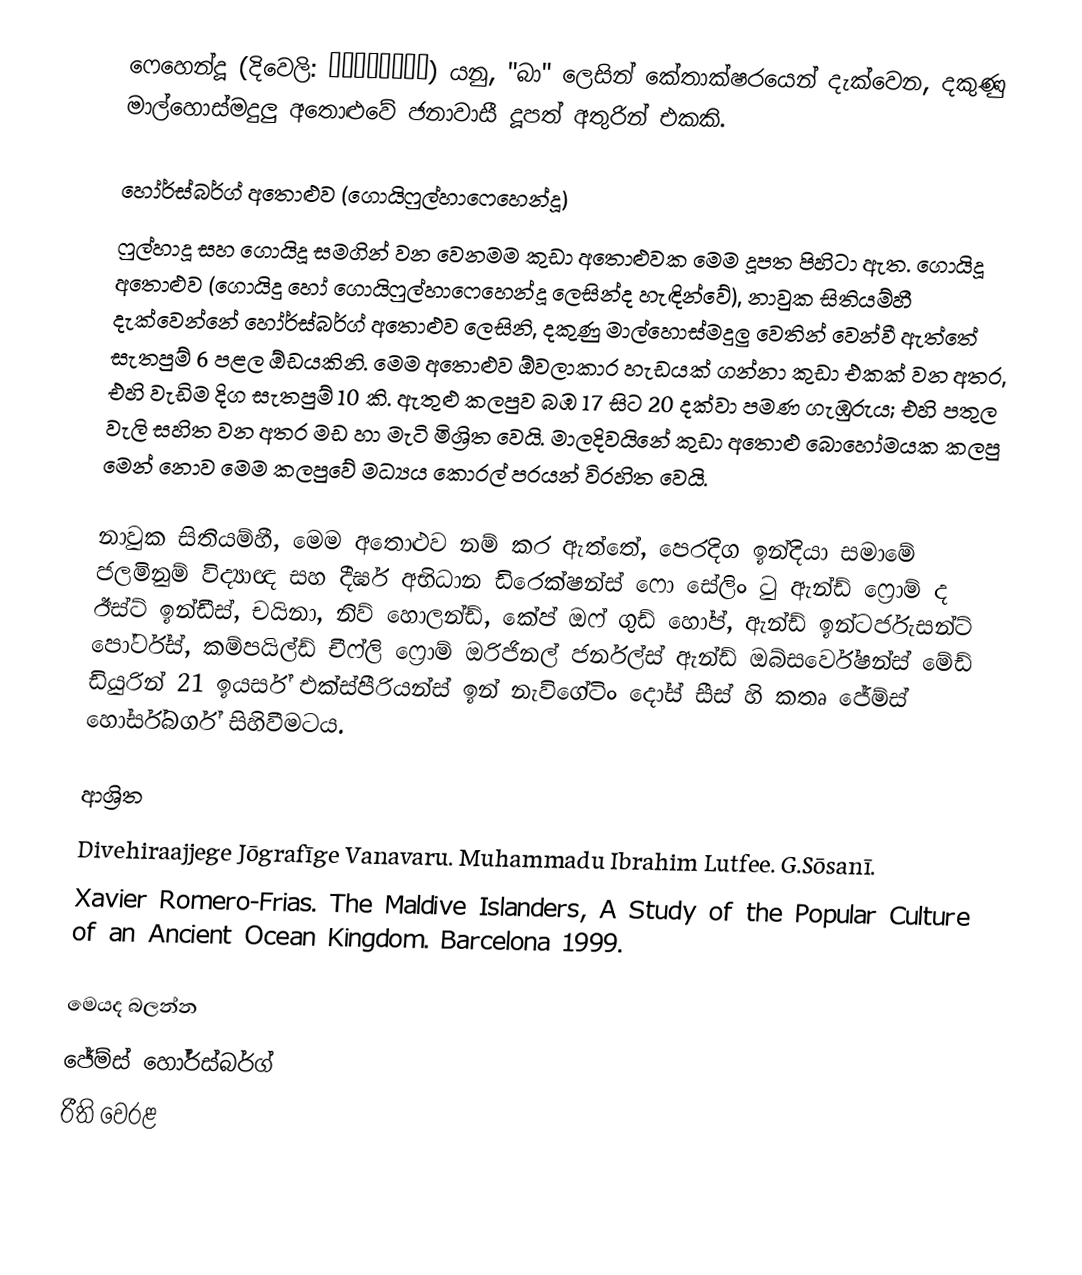
ෆෙහෙන්දූ  (දිවෙලි: ފެހެންދޫ) යනු, "බා" ලෙසින් කේතාක්ෂරයෙන් දැක්වෙන,  දකුණු මාල්හොස්මදුලු අතොළුවේ  ජනාවාසී දූපත් අතුරින් එකකි.

හෝර්ස්බර්ග් අතොළුව (ගොයිෆුල්හාෆෙහෙන්දූ)
ෆුල්හාදූ සහ ගොයිදූ සමගින් වන වෙනමම කුඩා අතොළුවක මෙම දූපත පිහිටා ඇත. ගොයිදූ අතොළුව (ගොයිදු හෝ ගොයිෆුල්හාෆෙහෙන්දූ ලෙසින්ද හැඳින්වේ), නාවුක සිතියම්හී  දැක්වෙන්නේ  හෝර්ස්බර්ග් අතොළුව ලෙසිනි, දකුණු මාල්හොස්මදුලු වෙතින් වෙන්වී ඇත්තේ සැතපුම් 6 පළල ඕඩයකිනි. මෙම අතොළුව ඕවලාකාර හැඩයක් ගන්නා කුඩා එකක් වන අතර, එහි වැඩිම දිග සැතපුම් 10 කි. ඇතුළු කලපුව බඹ 17 සිට 20 දක්වා පමණ ගැඹුරුය; එහි පතුල වැලි සහිත වන අතර මඩ හා මැටි මිශ්‍රිත වෙයි. මාලදිවයිනේ කුඩා අතොළු බොහෝමයක කලපු මෙන් නොව මෙම කලපුවේ මධ්‍යය කොරල් පරයන් විරහිත වෙයි.

නාවුක සිතියම්හී, මෙම අතොළුව නම් කර ඇත්තේ, පෙරදිග ඉන්දියා සමාමේ ජලමිනුම් විද්‍යාඥ  සහ දීර්ඝ අභිධාන ඩිරෙක්ෂන්ස් ෆො සේලිං ටු  ඇන්ඩ් ෆ්‍රොම් ද ඊස්ට් ඉන්ඩීස්, චයිනා, නිව් හොලන්ඩ්, කේප් ඔෆ් ගුඩ් හෝප්, ඇන්ඩ් ඉන්ටර්ජැසන්ට් පෝර්ට්ස්, කම්පයිල්ඩ් චීෆ්ලි ෆ්‍රොම් ඔරිජිනල් ජර්නල්ස් ඇන්ඩ් ඔබ්සර්වේෂන්ස් මේඩ් ඩියුරින් 21 ඉයර්ස් එක්ස්පීරියන්ස් ඉන් නැවිගේටිං දෝස් සීස් හි කතෘ ජේම්ස් හෝර්ස්බර්ග් සිහිවීමටය.

ආශ්‍රිත
 Divehiraajjege Jōgrafīge Vanavaru. Muhammadu Ibrahim Lutfee. G.Sōsanī.
 Xavier Romero-Frias. The Maldive Islanders, A Study of the Popular Culture of an Ancient Ocean Kingdom. Barcelona 1999.

මෙයද බලන්න
ජේම්ස් හෝර්ස්බර්ග්
 රීති වෙරළ